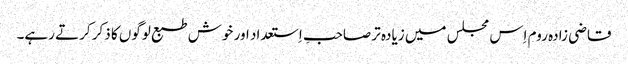
قاضی زادہ روم اِس مجلس میں زیادہ تر صاحبِ اِستعداد اور خوش طبع لوگوں کا ذکر کرتے رہے۔